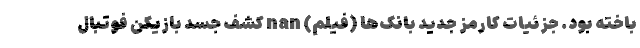
باخته بود. جزئيات کارمز جدید بانک‌ها (فیلم) nan کشف جسد بازیکن فوتبال